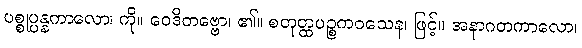
ပစ္စုပ္ပန္နကာလော၊ ကို။ ဝေဒိတဗ္ဗော၊ ၏။ စတုတ္ထပဉ္စကဝသေန၊ ဖြင့်။ အနာဂတကာလော၊